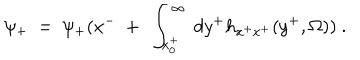
LaTeX: \psi _ { + } ~ = ~ \psi _ { + } ( x ^ { - } ~ + ~ \int _ { x _ { 0 } ^ { + } } ^ { \infty } ~ d y ^ { + } h _ { x ^ { + } x ^ { + } } ( y ^ { + } , \Omega ) ) ~ .